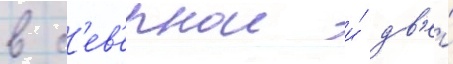
в с'ев'ернои и́ дв'е́